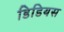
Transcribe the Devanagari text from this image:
डिडियस